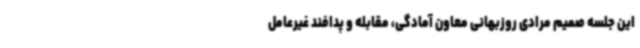
این جلسه صمیم مرادی روزبهانی معاون آمادگی، مقابله و پدافند غیرعامل